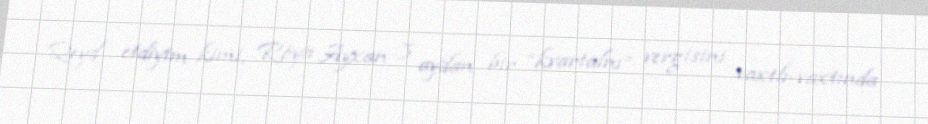
Qeyd etdiyim kimi, Röya Ayxan 3 aydan bir “kvartalnı” vergisini vaxtlı-vaxtında